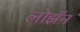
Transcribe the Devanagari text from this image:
लोझॅन